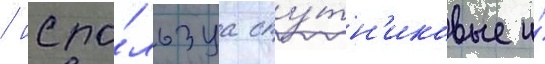
/ испо́льзуа спу́тн'иковые и́